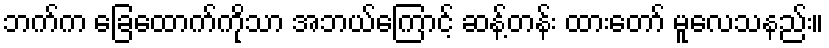
ဘက်က ခြေထောက်ကိုသာ အဘယ်ကြောင့် ဆန့်တန်း ထားတော် မူလေသနည်း။